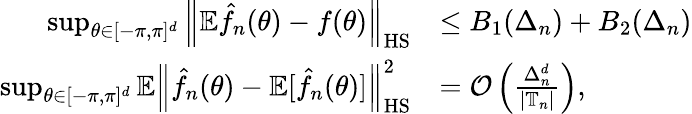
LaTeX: \begin{array}{rl}{\operatorname*{sup}_{\theta\in[-\pi,\pi]^{d}}\left\| \mathbb E\hat{f}_{n}(\theta)-f(\theta)\right\| _{\mathrm{HS}}}&{\leq B_{1}(\Delta_{n})+B_{2}(\Delta_{n})}\\ {\operatorname*{sup}_{\theta\in[-\pi,\pi]^{d}}\mathbb E\left\| \hat{f}_{n}(\theta)-\mathbb E[\hat{f}_{n}(\theta)]\right\| _{\mathrm{HS}}^{2}}&{={\cal O}\left(\frac{\Delta_{n}^{d}}{{|\mathbb T_{n}|}}\right),}\end{array}